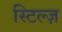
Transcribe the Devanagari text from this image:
स्टिल्ज़